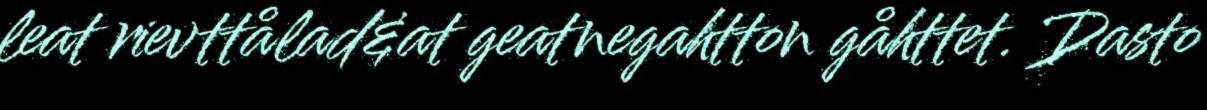
leat rievttålad&at geatnegahtton gåhttet. Dasto